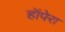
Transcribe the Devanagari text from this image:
हॉपेरा